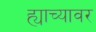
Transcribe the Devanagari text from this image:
ह्याच्यावर